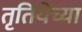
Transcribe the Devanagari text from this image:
तृतियेच्या